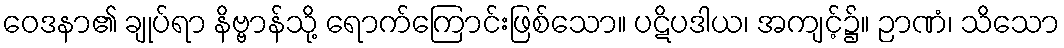
ဝေဒနာ၏ ချုပ်ရာ နိဗ္ဗာန်သို့ ရောက်ကြောင်းဖြစ်သော။ ပဋိပဒါယ၊ အကျင့်၌။ ဉာဏံ၊ သိသော